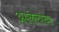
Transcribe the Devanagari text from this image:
असलेल्यांच्या